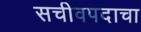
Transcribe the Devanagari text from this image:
सचीवपदाचा